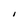
Character: I